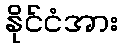
နိုင်ငံအား